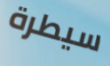
سيطرة